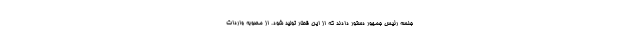
جلسه رئیس جمهور دستور دادند که از این قطار تولید شود. از مصوبه واردات